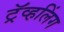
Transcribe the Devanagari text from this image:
ट्रॅव्हलिंग